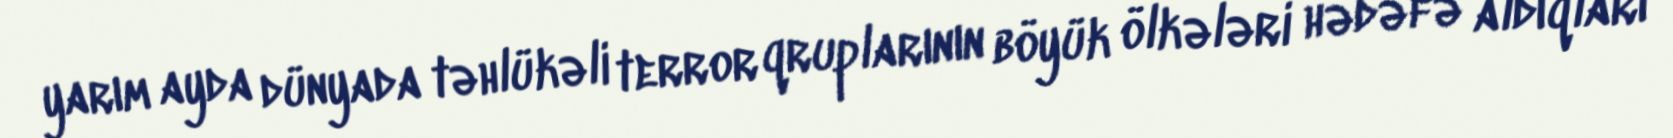
yarım ayda dünyada təhlükəli terror qruplarının böyük ölkələri hədəfə aldıqları